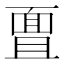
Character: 𮧊